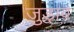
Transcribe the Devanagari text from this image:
जुड़ा़व